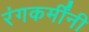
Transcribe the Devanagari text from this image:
रंगकर्मींनी